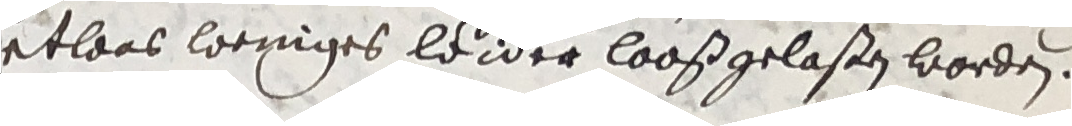
etlaas weniges leider looßgelaßen worden.